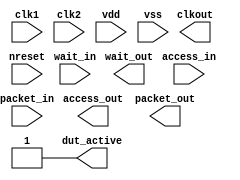
module dut(/*AUTOARG*/
   // Outputs
   dut_active, clkout, wait_out, access_out, packet_out,
   // Inputs
   clk1, clk2, nreset, vdd, vss, access_in, packet_in, wait_in
   );

   //parameters
   parameter N  = 1;
   parameter PW = 104;
      
   //clock, reset
   input             clk1;
   input             clk2;
   input             nreset;
   input [N*N-1:0]   vdd;
   input 	     vss;
   output 	     dut_active;
   output 	     clkout;
   
   //Stimulus Driven Transaction
   input [N-1:0]     access_in;
   input [N*PW-1:0]  packet_in;
   output [N-1:0]    wait_out;

   //DUT driven transactoin
   output [N-1:0]    access_out;
   output [N*PW-1:0] packet_out;
   input [N-1:0]     wait_in;

   assign dut_active = 1'b1;
   assign clkout     = clkin1;
   assign clk        = clkin1;
       
endmodule